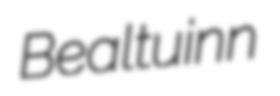
Bealtuinn